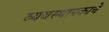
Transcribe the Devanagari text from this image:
व्यवस्थापकाचे